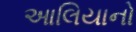
આલિયાનો